DOW-UAP-D23, Mission Report, United Arab Emirates, October 2023
Agency: Department of War
Incident date: 10/31/23
Incident location: Persian Gulf
Page 3
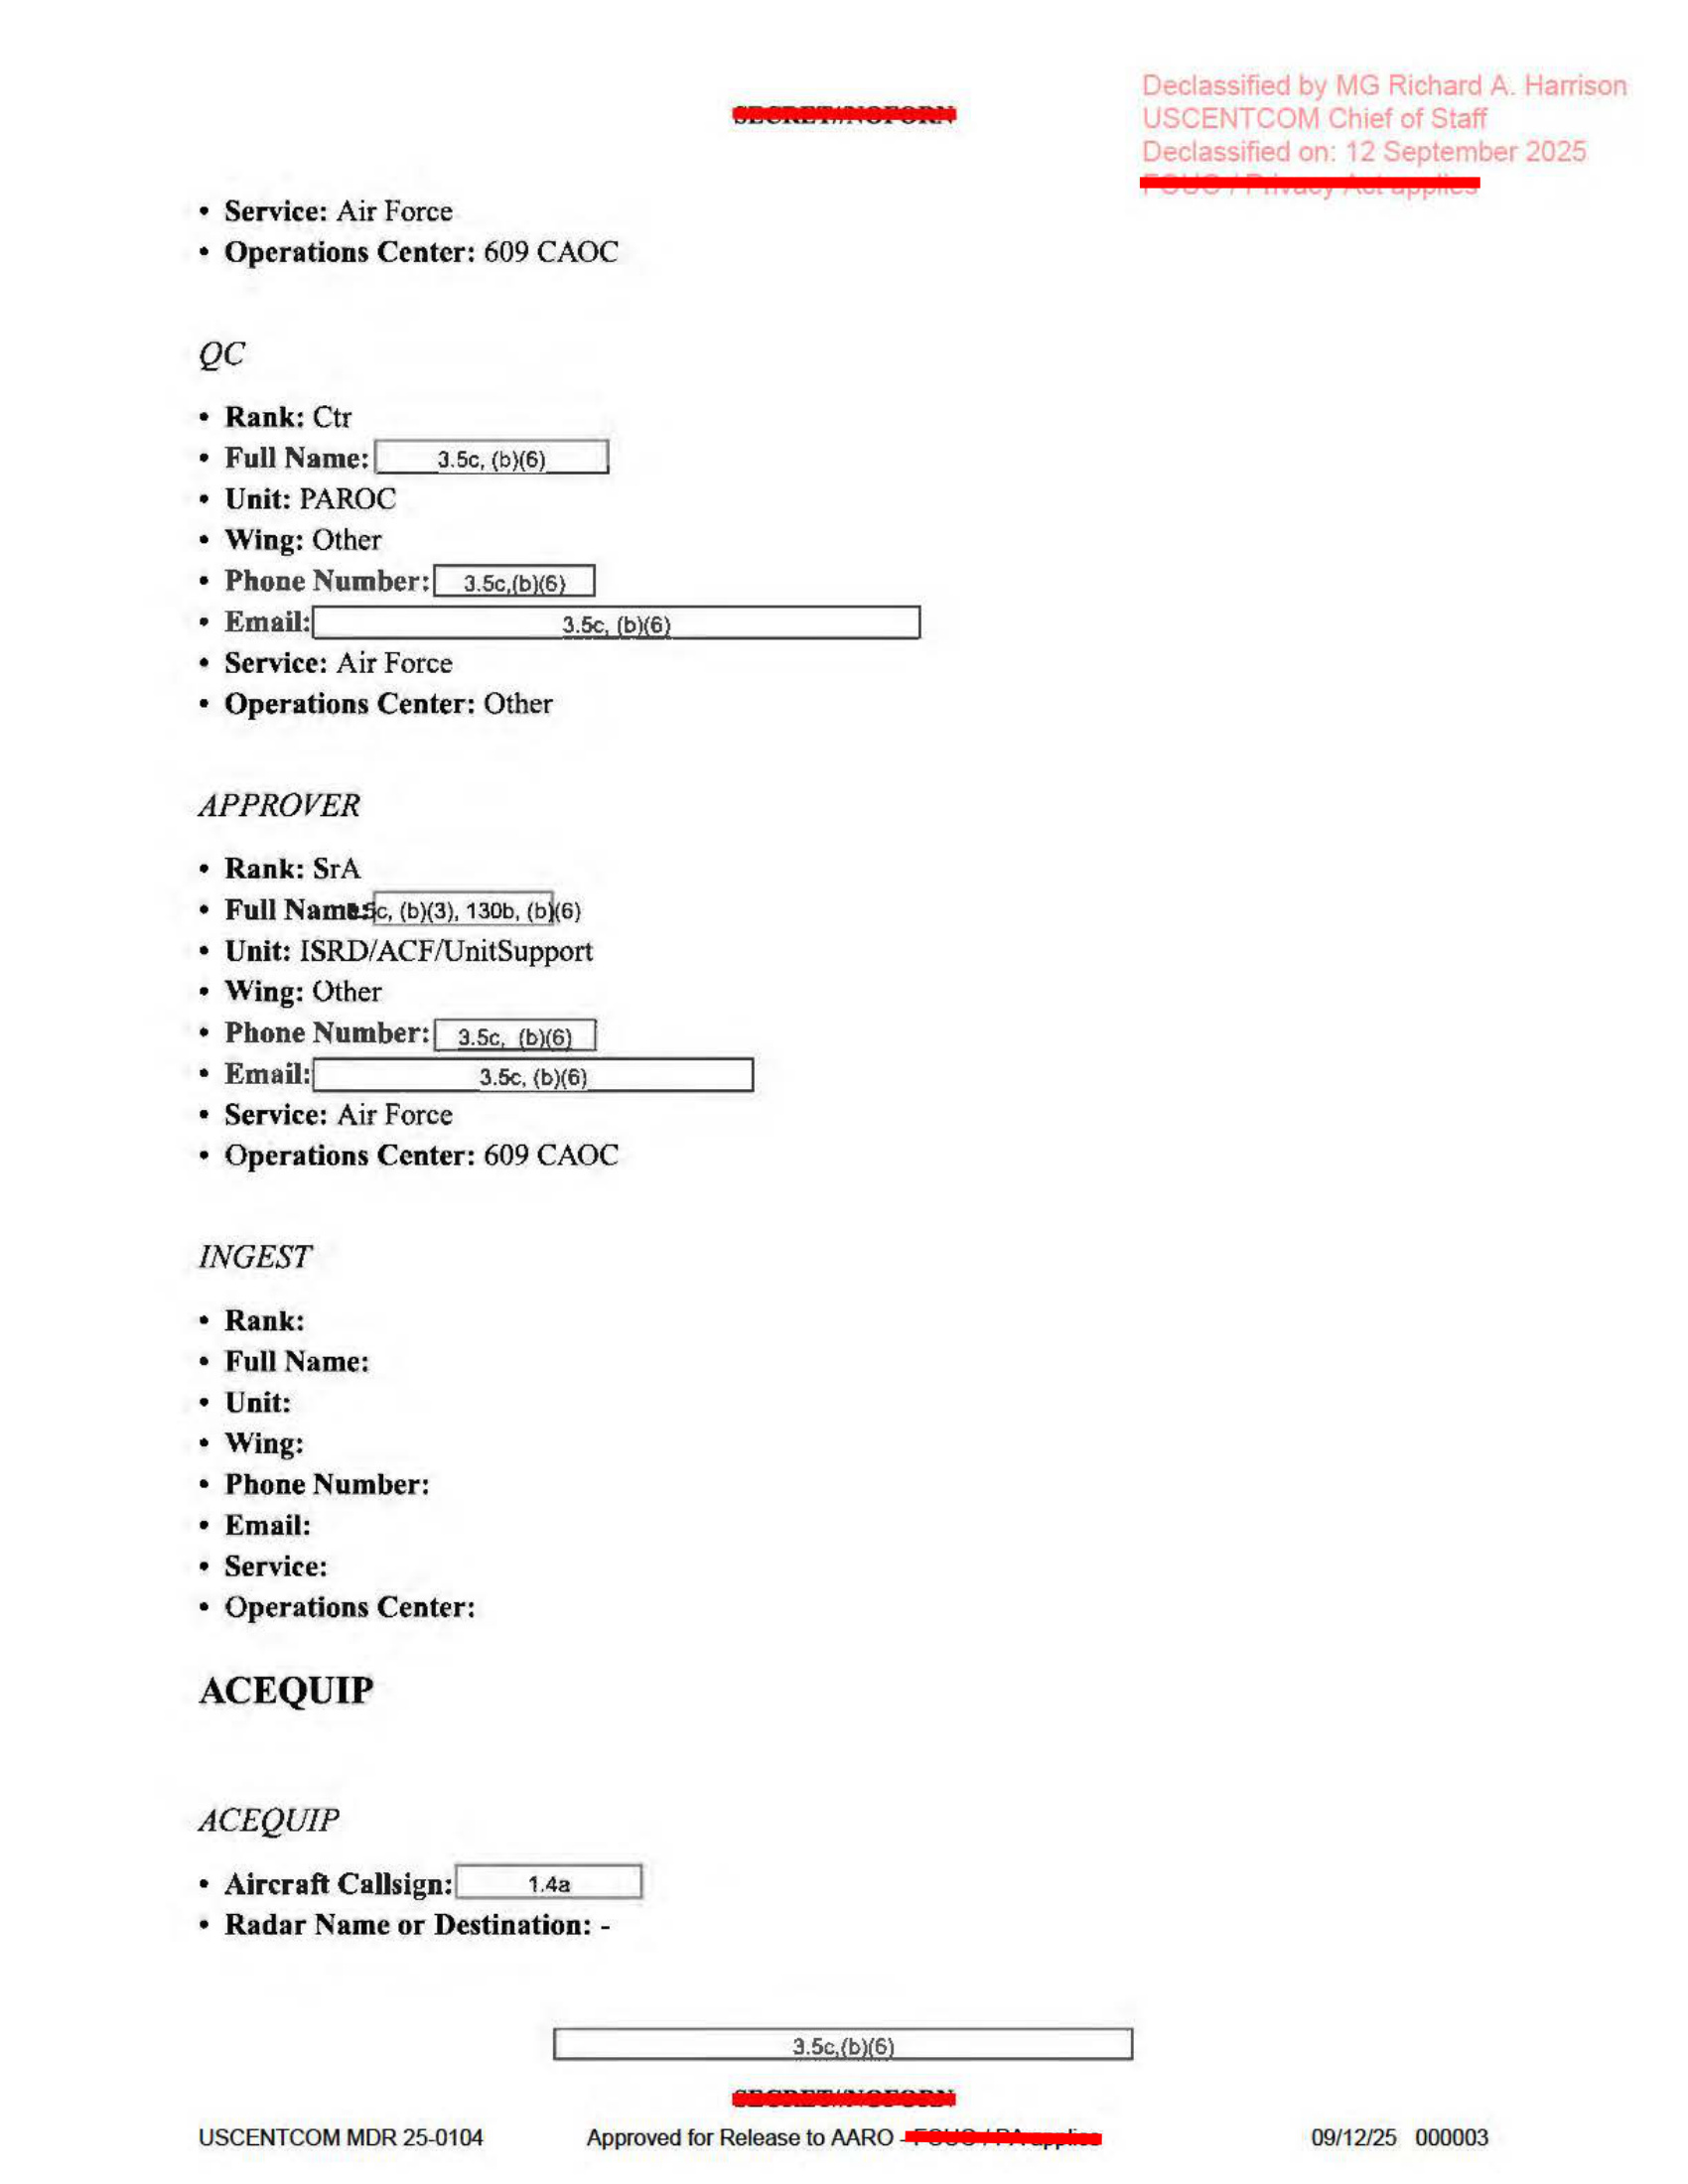